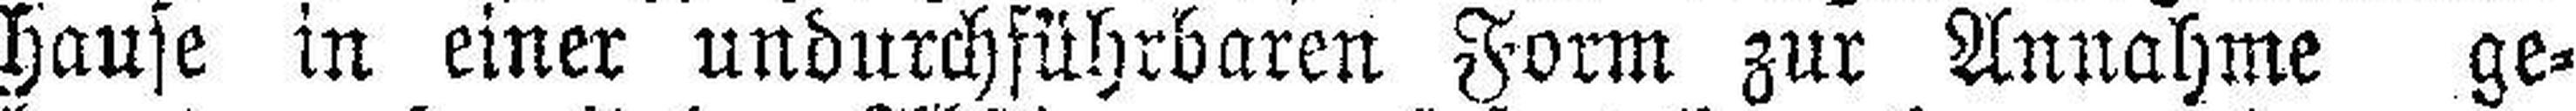
hause in einer undurchführbaren Form zur Annahme ge¬